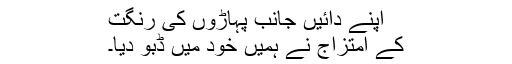
اپنے دائیں جانب پہاڑوں کی رنگت
کے امتزاج نے ہمیں خود میں ڈبو دیا۔